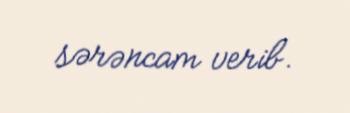
sərəncam verib.